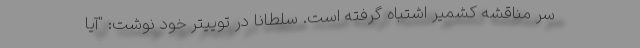
سر مناقشه کشمیر اشتباه گرفته است. سلطانا در توییتر خود نوشت: "آیا